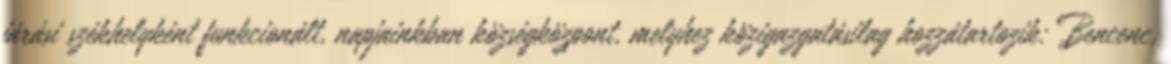
járási székhelyként funkcionált, napjainkban községközpont, melyhez közigazgatásilag hozzátartozik: Bencenc,